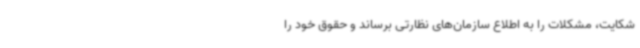
شکایت، مشکلات را به اطلاع سازمان‌های نظارتی برساند و حقوق خود را